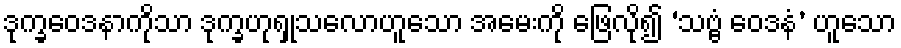
ဒုက္ခဝေဒနာကိုသာ ဒုက္ခဟုရှုသလောဟူသော အမေးကို ဖြေလို၍ ‘သဗ္ဗံ ဝေဒနံ’ ဟူသော